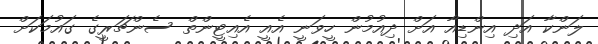
ލަންކާ އަދި އިންޑިއާ އަށް ދިއުމުން ހީވަނީ އެއީ އެއިޓީންތް ސެންޗަރީގެ ގައުމަކަށް